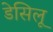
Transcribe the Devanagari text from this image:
डेसिलू